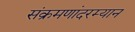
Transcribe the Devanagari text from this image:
संक्रमणांदरम्यान